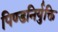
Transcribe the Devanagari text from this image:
पिण्डनिर्युक्ति